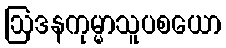
ဩဒနကုမ္မာသူပစယော